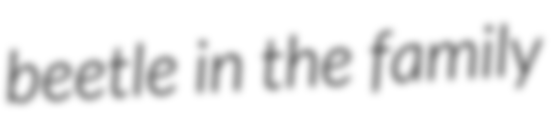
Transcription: beetle in the family